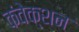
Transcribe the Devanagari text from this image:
कंवेक्शन